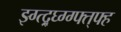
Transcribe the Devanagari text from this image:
झ्ग्त्द्र्घ्ग्ग्फ्त्फ्ह